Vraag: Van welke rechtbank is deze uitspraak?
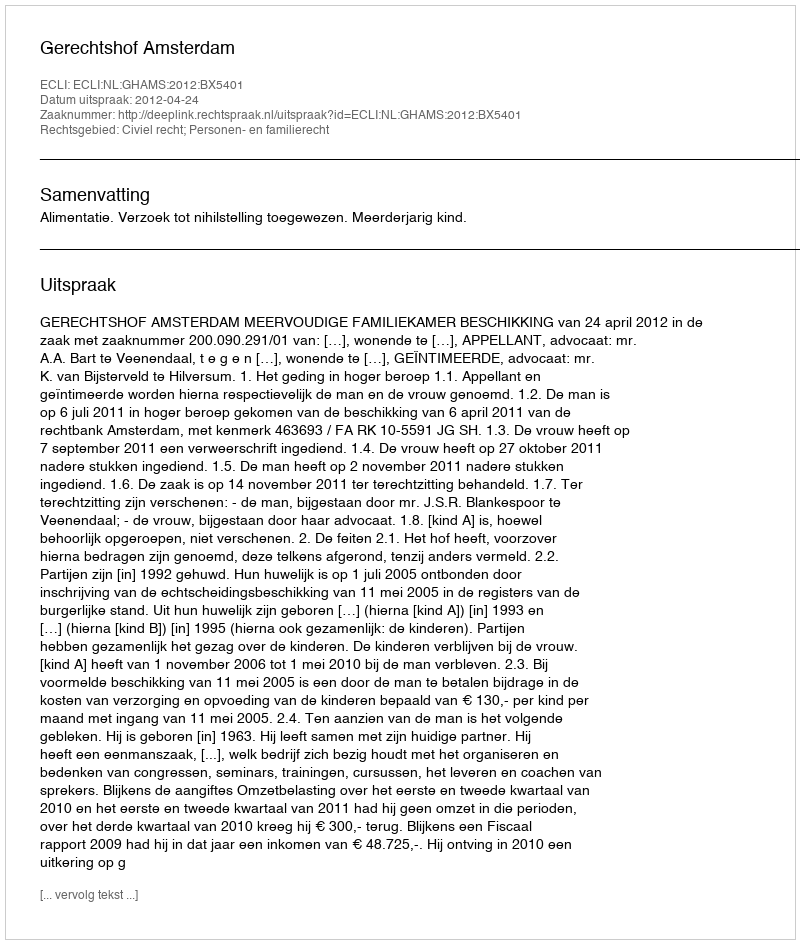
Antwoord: Gerechtshof Amsterdam